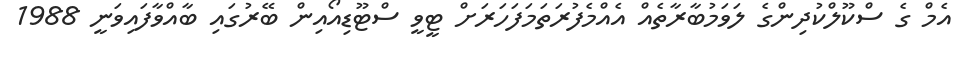
އެމް ގެ ސްކޫލްކުދިންގެ ލަވަމުބާރާތެއް އެއްމެފުރަތަމަފަހަރަށް ޓީވީ ސްޓޫޑިއޯއިން ބޭރުގައި ބާއްވާފައިވަނީ 1988